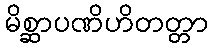
မိစ္ဆာပဏိဟိတတ္တာ